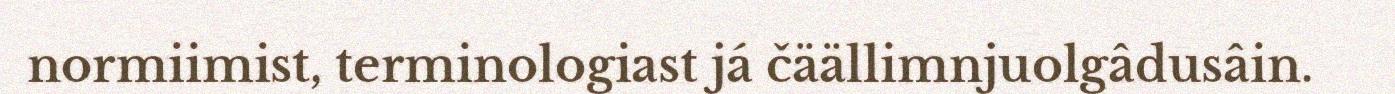
normiimist, terminologiast já čäällimnjuolgâdusâin.